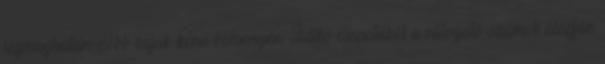
legmeghatározóbb kajak-kenu versenyén. Ildikó csapatából a válogató számok alapján